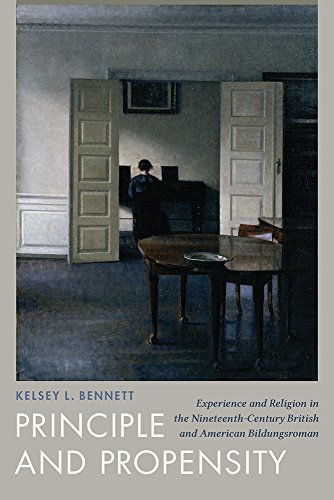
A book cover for Principle and Propensity: Experience and Religion in the Nineteenth-Century British and American Bildungsroman; Kelsey L. Bennett; Literature & Fiction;